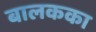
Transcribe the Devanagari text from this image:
बालकका